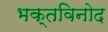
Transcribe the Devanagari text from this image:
भक्तविनोद